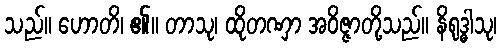
သည်။ ဟောတိ၊ ၏။ တာသု၊ ထိုတဏှာ အဝိဇ္ဇာတို့သည်။ နိရုဒ္ဓါသု၊